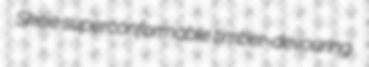
Skeie superconformable timber-devouring